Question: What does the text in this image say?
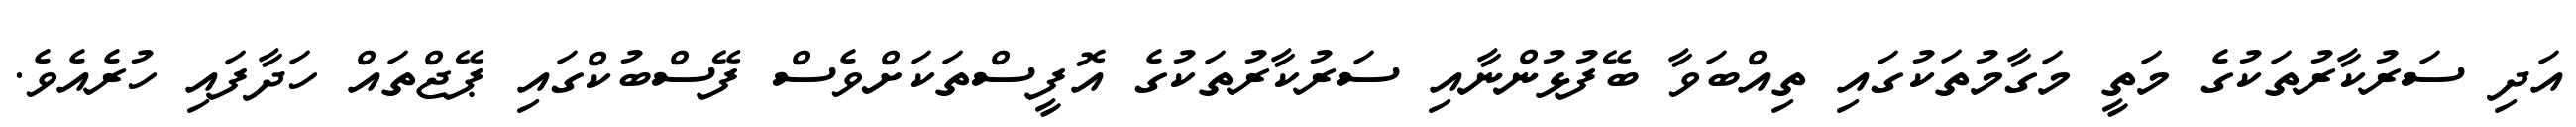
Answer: އަދި ސަރުކާރުތަކުގެ މަތީ މަގާމުތަކުގައި ތިއްބަވާ ބޭފުޅުންނާއި ސަރުކާރުތަކުގެ އޮފީސްތަކަށްވެސް ފޭސްބުކްގައި ޕޭޖްތައް ހަދާފައި ހުރެއެވެ.